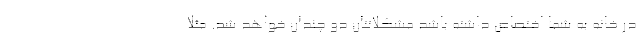
در خانه به شما اختصاص داشته باشد مشکلاتتان دو چندان خواهد شد. مثلا